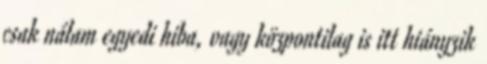
csak nálam egyedi hiba, vagy központilag is itt hiányzik